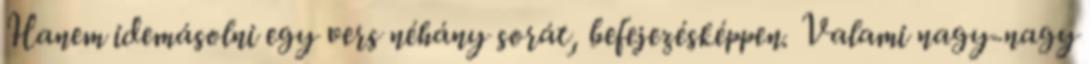
Hanem idemásolni egy vers néhány sorát, befejezésképpen. Valami nagy-nagy